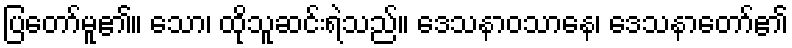
ပြတော်မူ၏။ သော၊ ထိုသူဆင်းရဲသည်။ ဒေသနာဝသာနေ၊ ဒေသနာတော်၏